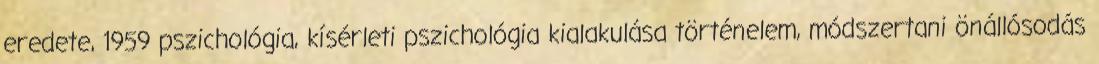
eredete, 1959 pszichológia, kísérleti pszichológia kialakulása történelem, módszertani önállósodás